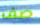
صف